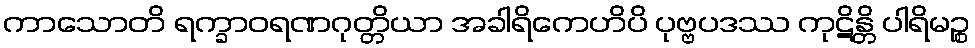
ကာသောတိ ရက္ခာဝရဏဂုတ္တိယာ အခါရိကေဟိပိ ပုဗ္ဗပဒဿ ကုဋိန္တိ ပါရိမဉ္စ